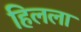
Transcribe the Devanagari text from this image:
हिलला